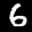
Label: 6